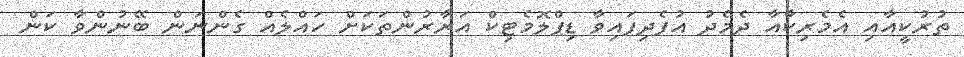
ތުރުކީއާއި އެމެރިކާއާ ދެމެދު އުފެދިފައިވާ ޑިޕްލޮމެޓިކް އަރާރުންތަކަށް ހައްލެއް ގެންނަން ބޭނުންވާ ކަން